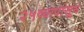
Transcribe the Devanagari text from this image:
२५व्यापासून